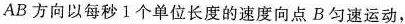
AB方向以每秒1个单位长度的速度向点B匀速运动，